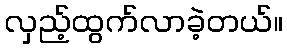
လှည့်ထွက်လာခဲ့တယ်။